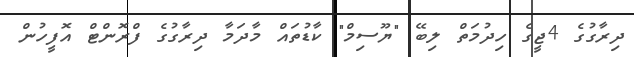
ދިރާގުގެ 4ޖީގެ ހިދުމަތް ލިބޭ "ޔޫސިމް" ކާޑުތައް މާދަމާ ދިރާގުގެ ފްރޮންޓް އޮފީހުން